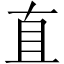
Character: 直